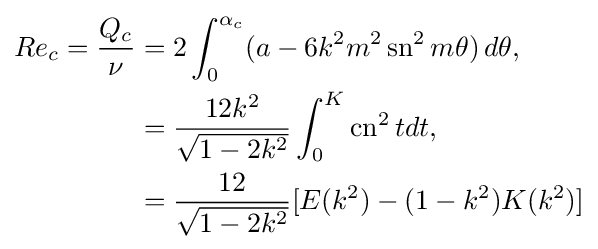
{\begin{aligned}Re_{c}={\frac {Q_{c}}{\nu }}&=2\int _{0}^{\alpha _{c}}(a-6k^{2}m^{2}\operatorname {sn} ^{2}m\theta )\,d\theta ,\\&={\frac {12k^{2}}{\sqrt {1-2k^{2}}}}\int _{0}^{K}\operatorname {cn} ^{2}tdt,\\&={\frac {12}{\sqrt {1-2k^{2}}}}[E(k^{2})-(1-k^{2})K(k^{2})]\end{aligned}}